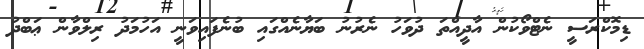
ޑިމޮކްރަސީ ނެޓްވޯކުން އާދީއްތަ ދުވަހު ނެރުނު ބަޔާނެއްގައި ބުނެފައިވަނީ އަހުމަދު ރިލްވާން ޢަބްދު